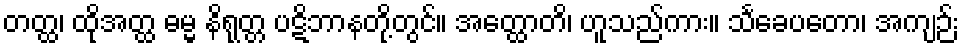
တတ္ထ၊ ထိုအတ္ထ ဓမ္မ နိရုတ္တ ပဋိဘာနတို့တွင်။ အတ္ထောတိ၊ ဟူသည်ကား။ သင်္ခေပတော၊ အကျဉ်း